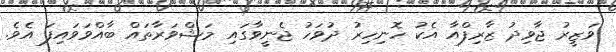
ވަޒީރު ޖާވިދު ޒާރިފްއާ އެކު ހޮނިހިރު ދުވަހު ޖެނީވާގައި މަޝްވަރާތައް ބާއްވަވައިފަ އެވެ.